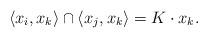
LaTeX: \begin{align*}\langle x_i,x_k\rangle \cap \langle x_j,x_k \rangle = K\cdot x_k.\end{align*}